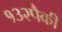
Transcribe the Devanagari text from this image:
१३२पैकी